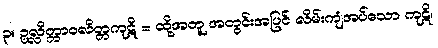
၃။ ဥလ္လိတ္တာဝလိတ္တကုဋိ = ထို့အတူ အတွင်းအပြင် လိမ်းကျံအပ်သော ကုဋိ၊